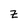
Character: Z